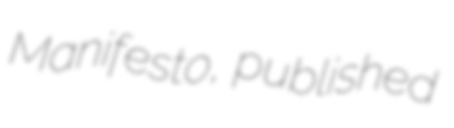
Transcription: Manifesto, published